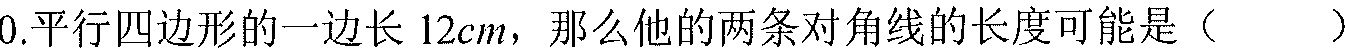
0.平行四边形的一边长 \(12cm\)，那么他的两条对角线的长度可能是（ ）